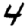
Digit: 4